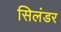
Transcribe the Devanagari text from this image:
सिलंडर